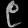
Digit: ၉